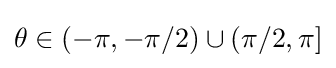
\theta \in (-\pi ,-\pi /2)\cup (\pi /2,\pi ]